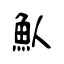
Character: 魜